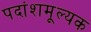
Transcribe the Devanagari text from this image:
पदांशमूल्यक